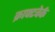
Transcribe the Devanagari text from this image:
क्राफ्टवेर्क